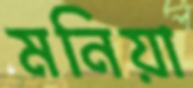
মনিয়া